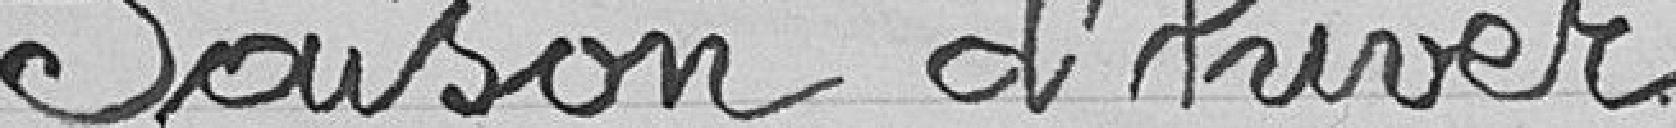
Saison d'hiver